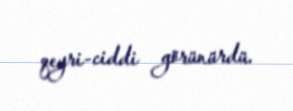
qeyri-ciddi görünürdü.